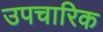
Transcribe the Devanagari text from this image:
उपचारिक